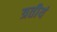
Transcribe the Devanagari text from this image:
त्रतीयं